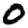
Digit: 0